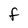
Character: F